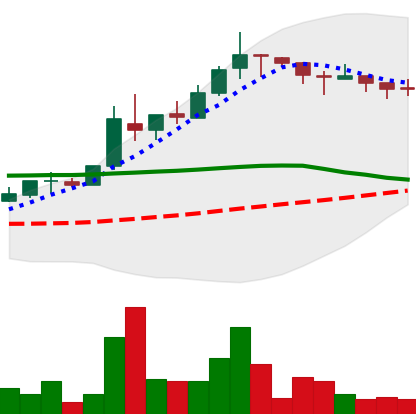
Ticker: TRX-USD
Chart end date: 2018-05-08
Forward return: -8.978%
Label: down_7plus